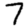
Digit: 7